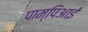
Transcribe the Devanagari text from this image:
पाम्पिआई